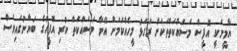
ޔާމީނަކީ އޮފީސް މަސައްކަތްތަކަށް ރަގަޅު މީހެއްކަމަށް އޭނާ މަސައްކަތް ކުރި އޮފީހުގެ ބަޔާނުގައިވެސް